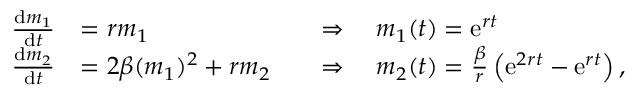
\begin{array} { r l r l } { \frac { { \mathrm { d } } m _ { 1 } } { { \mathrm { d } } t } } & { = r m _ { 1 } } & & { \Rightarrow \quad m _ { 1 } ( t ) = { \mathrm { e } } ^ { r t } } \\ { \frac { { \mathrm { d } } m _ { 2 } } { { \mathrm { d } } t } } & { = 2 \beta ( m _ { 1 } ) ^ { 2 } + r m _ { 2 } } & & { \Rightarrow \quad m _ { 2 } ( t ) = \frac { \beta } { r } \left( { \mathrm { e } } ^ { 2 r t } - { \mathrm { e } } ^ { r t } \right) , } \end{array}